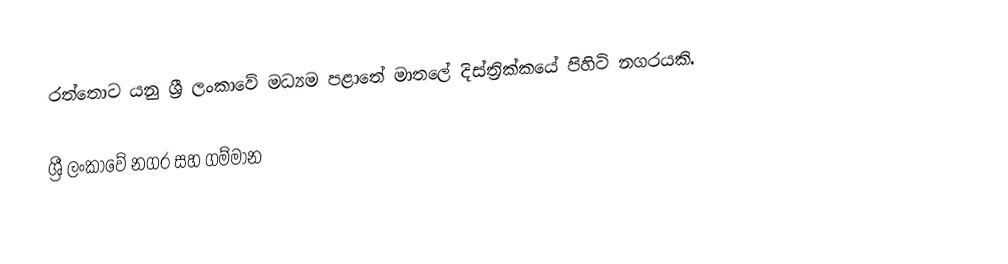
රත්තොට යනු ශ්‍රී ලංකාවේ  මධ්‍යම පළාතේ මාතලේ දිස්ත්‍රික්කයේ පිහිටි  නගරයකි.

ශ්‍රී ලංකාවේ නගර සහ ගම්මාන